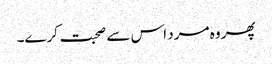
پھر وہ مرد اس سے صحبت کرے۔